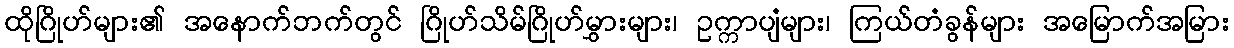
ထိုဂြိုဟ်များ၏ အနောက်ဘက်တွင် ဂြိုဟ်သိမ်ဂြိုဟ်မွှားများ၊ ဥက္ကာပျံများ၊ ကြယ်တံခွန်များ အမြောက်အမြား